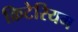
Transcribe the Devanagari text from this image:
क्रिटेरियम